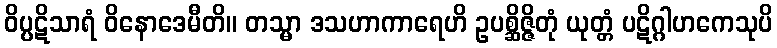
ဝိပ္ပဋိသာရံ ဝိနောဒေမီတိ။ တသ္မာ ဒသဟာကာရေဟိ ဥပစ္ဆိဇ္ဇိတုံ ယုတ္တံ ပဋိဂ္ဂါဟကေသုပိ